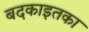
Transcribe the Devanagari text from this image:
बदकाइतका